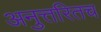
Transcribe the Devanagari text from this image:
अनुत्तरितच